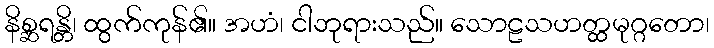
နိစ္ဆရန္တိ၊ ထွက်ကုန်၏။ အဟံ၊ ငါဘုရားသည်။ သောဠသဟတ္ထမုဂ္ဂတော၊